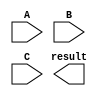
module fused_multiply_add (
    input wire [31:0] A, // input port for floating point number A
    input wire [31:0] B, // input port for floating point number B
    input wire [31:0] C, // input port for floating point number C for the add operation
    output reg [31:0] result // output port for the result of the fused multiply-add operation
);

// internal components for multiplication, addition, rounding and normalization operations
// implementation of IEEE 754 standard for floating point arithmetic

always @(*) begin
    // multiply A and B
    // add C to the result of the multiplication
    // perform rounding and normalization operations
    // assign the final result to the output port
    // support for different floating point formats and rounding modes
    // including special cases such as infinities and NaNs
end

endmodule